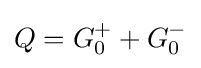
Q=G_{0}^{+}+G_{0}^{-}